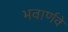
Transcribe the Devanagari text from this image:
भवार्णवे